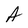
Character: A